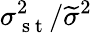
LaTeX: \sigma_{\mathrm{~s~t~}}^{2}/\widetilde{\sigma}^{2}